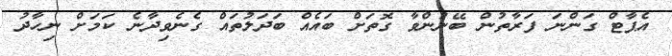
އެޕާޓް ގަންނަ ފަރާތުން ބޭނުންވާ ގޮތަށް ބައެއް ބަދަލުތައް ގެނެވިދާނެ ކަމަށް ނިހާދު